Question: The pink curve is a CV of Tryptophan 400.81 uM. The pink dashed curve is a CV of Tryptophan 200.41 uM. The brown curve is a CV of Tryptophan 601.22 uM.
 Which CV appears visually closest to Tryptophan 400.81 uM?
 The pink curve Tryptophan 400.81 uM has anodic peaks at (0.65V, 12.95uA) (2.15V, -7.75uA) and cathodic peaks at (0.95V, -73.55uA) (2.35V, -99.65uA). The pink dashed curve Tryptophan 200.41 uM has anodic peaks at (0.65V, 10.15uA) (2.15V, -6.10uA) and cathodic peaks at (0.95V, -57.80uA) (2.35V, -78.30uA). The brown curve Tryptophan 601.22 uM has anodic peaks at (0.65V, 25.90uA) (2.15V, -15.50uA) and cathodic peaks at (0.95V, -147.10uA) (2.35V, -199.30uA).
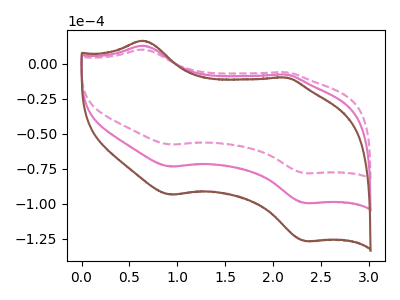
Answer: <think>All the peaks in "Tryptophan 400.81 uM" have a peak in "Tryptophan 200.41 uM" at the same potential. All the peaks in "Tryptophan 400.81 uM" have a peak in "Tryptophan 601.22 uM" at the same potential. All the peaks in "Tryptophan 200.41 uM" have a peak in "Tryptophan 601.22 uM" at the same potential.
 </think>
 <answer>"Tryptophan 400.81 uM" and "Tryptophan 601.22 uM" have a similar shape to "Tryptophan 200.41 uM".</answer>
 <eval>"Tryptophan 400.81 uM" "Tryptophan 601.22 uM"</eval>